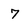
Character: 7